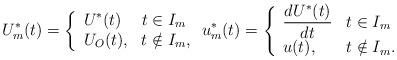
LaTeX: \begin{align*}U^*_m(t)=\left\{ \begin{array}{ll} \displaystyle U^*(t) & t \in I_m\\U_{O}(t), & t \notin I_m, \end{array} \right. u^*_m(t)=\left\{ \begin{array}{ll} \displaystyle \frac{dU^*(t)}{dt} & t \in I_m\\u(t), & t \notin I_m. \end{array} \right.\end{align*}